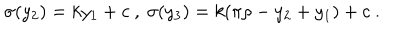
LaTeX: \sigma ( y _ { 2 } ) = k y _ { 1 } + c ~ , ~ \sigma ( y _ { 3 } ) = k ( \pi \rho - y _ { 2 } + y _ { 1 } ) + c ~ . ~ \,